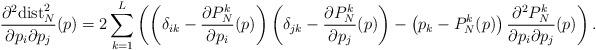
LaTeX: \begin{align*}\frac{\partial^2 {\rm dist}_N^2}{\partial p_i\partial p_j}(p)=2\sum_{k=1}^L\left(\left(\delta_{ik}-\frac{\partial P_N^k}{\partial p_i}(p)\right)\left(\delta_{jk}-\frac{\partial P_N^k}{\partial p_j}(p)\right)-\left(p_k-P_N^k(p)\right)\frac{\partial^2 P_N^k}{\partial p_i\partial p_j}(p)\right).\end{align*}